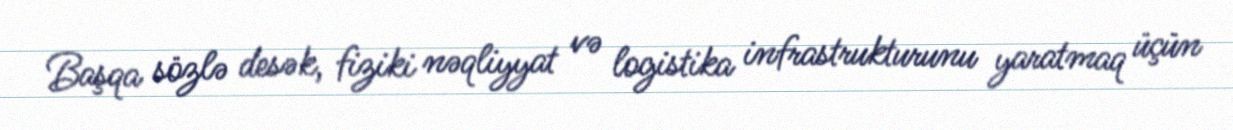
Başqa sözlə desək, fiziki nəqliyyat və logistika infrastrukturunu yaratmaq üçün